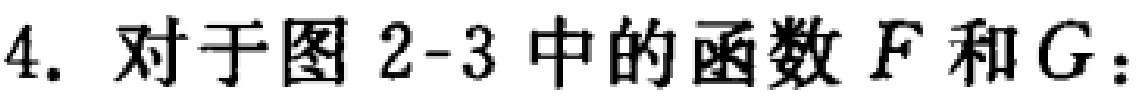
4. 对于图 2-3 中的函数 \(F\) 和 \(G\)：